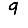
Digit: 9